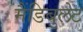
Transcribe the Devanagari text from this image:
मैंडिबुलेट